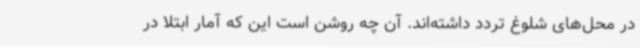
در محل‌های شلوغ تردد داشته‌اند. آن چه روشن است این که آمار ابتلا در